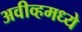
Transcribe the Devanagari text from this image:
अवीव्हमध्ये